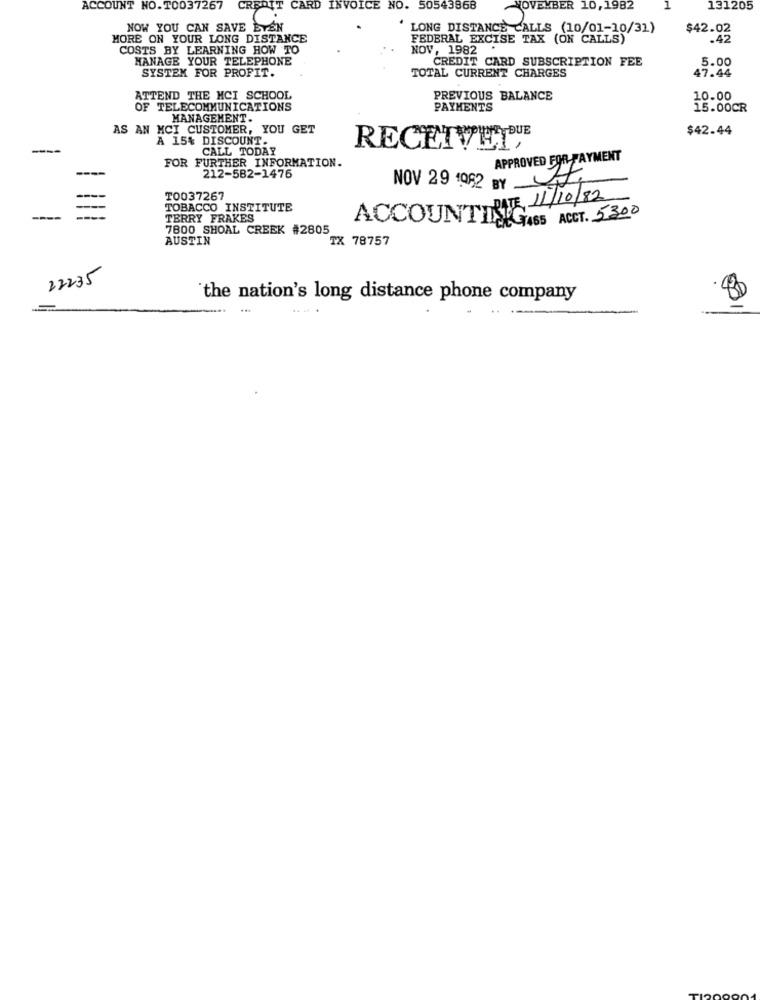
ACCOUNT NO.T0037267
CRE
IT CARD INVOICE NO. 50543868
NOVEMBER 10,1982
131205
NOW YOU CAN SAVE ETEN
LONG DISTANCE CALLS (10/01-10/31)
$42.02
MORE ON YOUR LONG DISTANCE
FEDERAL EXCISE TAX (ON CALLS)
.42
COSTS BY LEARNING HOW TO
NOV, 1982
MANAGE YOUR TELEPHONE
CREDIT CARD SUBSCRIPTION FEE
5.00
SYSTEM FOR PROFIT.
47.44
TOTAL CURRENT CHARGES
ATTEND THE MCI SCHOOL
PREVIOUS BALANCE
10.00
OF TELECOMMUNICATIONS
PAYMENTS
15.00CR
MANAGEMENT.
AS AN MCI CUSTOMER, YOU GET
$42.44
A 15% DISCOUNT.
---
CALL TODAY
RECEIVED
FOR FURTHER INFORMATION.
APPROVED FOR PAYMENT
212-582-1476
NOV 29 1992 BY ft
TO037267
RITE, 11/10/82
TOBACCO INSTITUTE
----
TERRY FRAKES
ACCOUNTING
2 7465 ACCT. 5300
7800 SHOAL CREEK #2805
AUSTIN
TX 78757
22235
'the nation's long distance phone company
.. ..